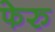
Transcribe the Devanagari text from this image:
फेरु